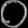
Digit: ၀